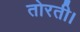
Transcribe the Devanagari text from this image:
तोरती।